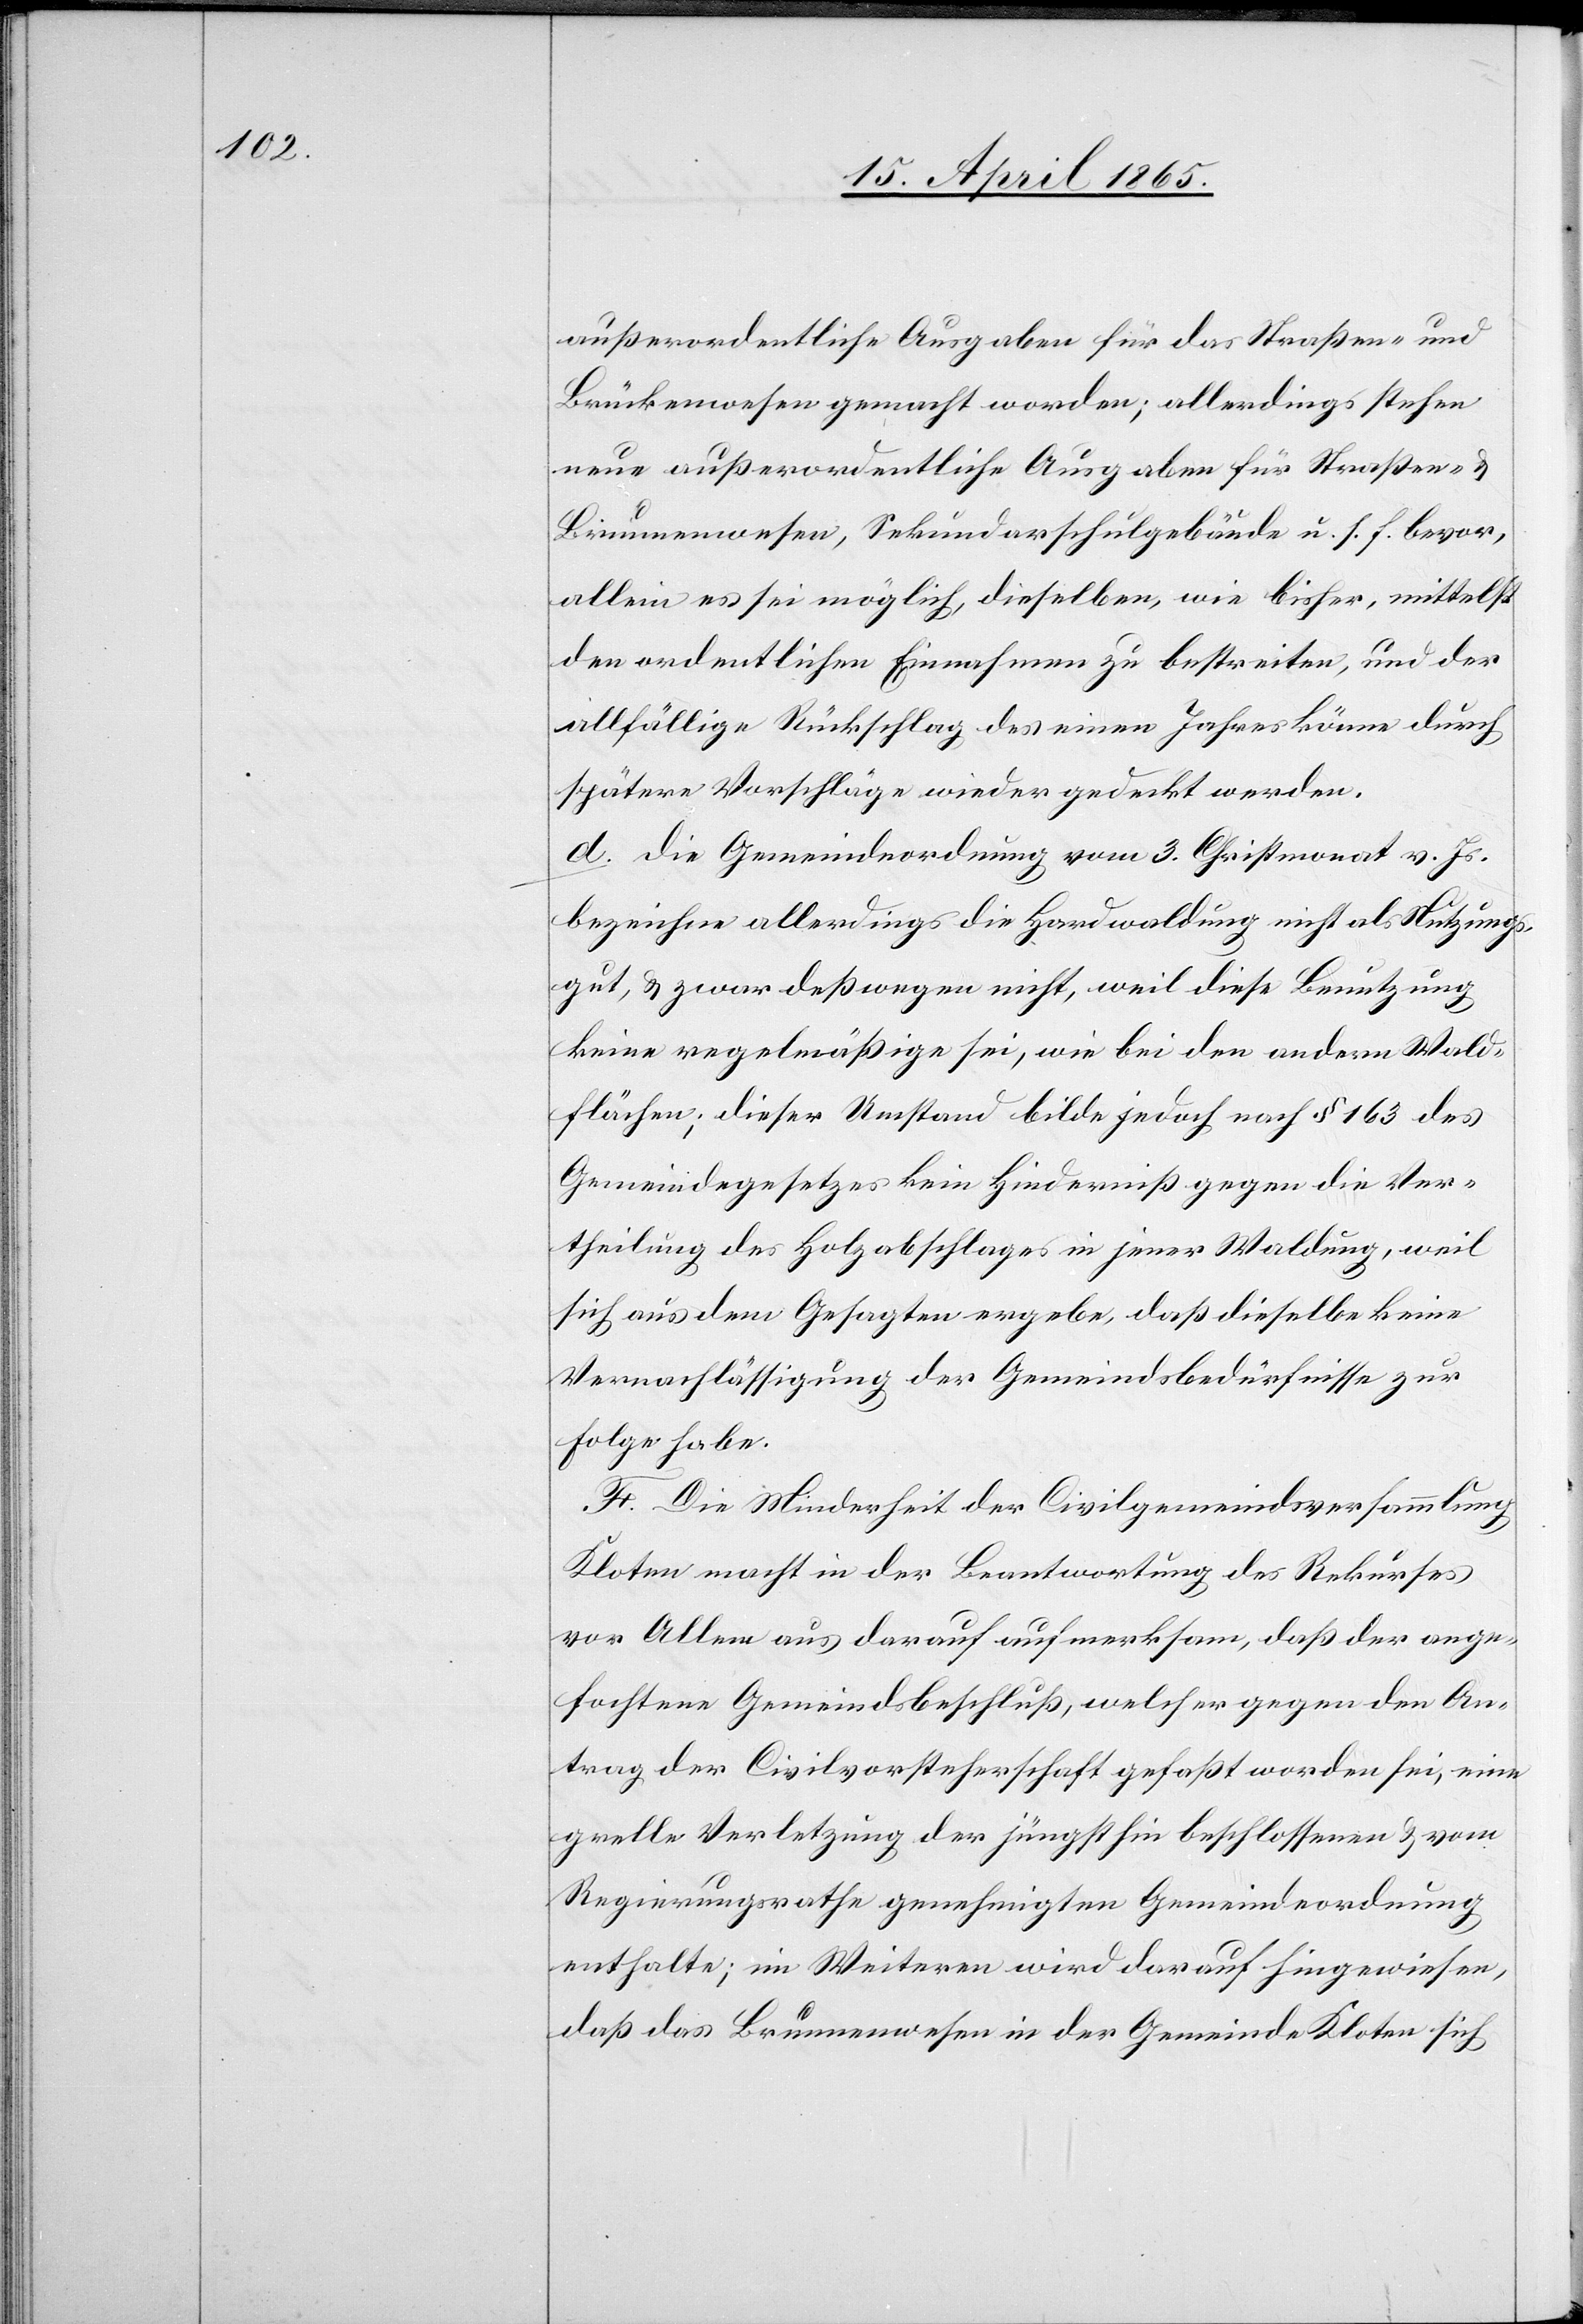
außerordentliche Ausgaben für das Straßen- und
Brückenwesen gemacht worden; allerdings stehen
neue außerordentliche Ausgaben für Straßen- &
Brunnenwesen, Sekundarschulgebäude u. s. f. bevor,
allein es sei möglich, dieselben, wie bisher, mittelst
den ordentlichen Einnahmen zu bestreiten, und der
allfällige Rückschlag des einen Jahres könne durch
spätere Vorschläge wieder gedeckt werden.
d. Die Gemeindeordnung vom 3. Christmonat v. Js.
bezeichne allerdings die Hardwaldung nicht als Nutzungs¬
gut, & zwar deßwegen nicht, weil diese Benutzung
keine regelmäßige sei, wie bei den andern Wald¬
flächen; dieser Umstand bilde jedoch nach § 163 des
Gemeindegesetzes kein Hinderniß gegen die Ver¬
theilung des Holzabschlages in jener Waldung, weil
sich aus dem Gesagten ergebe, daß dieselbe keine
Vernachlässigung der Gemeindsbedürfnisse zur
Folge habe.
F. Die Minderheit der Civilgemeindsversammlung
Kloten macht in der Beantwortung des Rekurses
vor Allem aus darauf aufmerksam, daß der ange¬
fochtene Gemeindsbeschluß, welcher gegen den An¬
trag der Civilvorsteherschaft gefaßt worden sei, eine
grelle Verletzung der jüngsthin beschlossenen & vom
Regierungsrathe genehmigten Gemeindeordnung
enthalte; im Weiteren wird darauf hingewiesen,
daß das Brunnenwesen in der Gemeinde Kloten sich